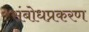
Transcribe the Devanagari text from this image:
संबोधप्रकरण